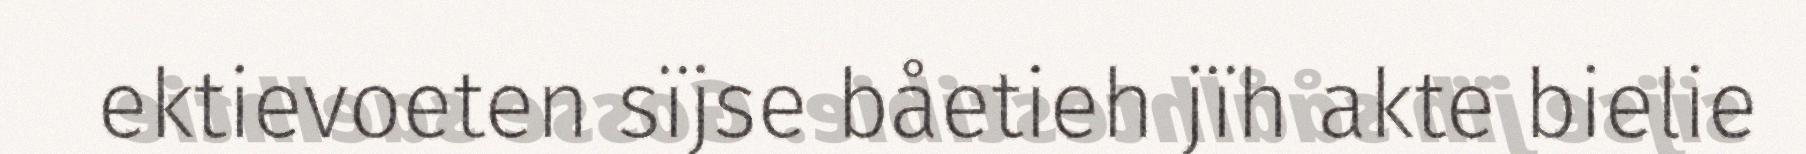
ektievoeten sïjse båetieh jïh akte bielie